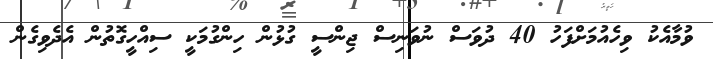
ވުމާއެކު ވިހެއުމަށްފަހު 40 ދުވަސް ނުވަނިސް ޖިންސީ ގުޅުން ހިންގުމަކީ ސިއްހީގޮތުން އެދެވިގެން